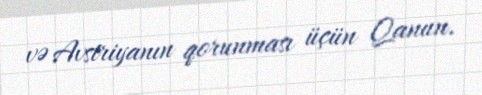
və Avstriyanın qorunması üçün Qanun.